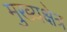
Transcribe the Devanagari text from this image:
मुख्यक्षेत्र